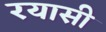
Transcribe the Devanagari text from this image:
रयासी